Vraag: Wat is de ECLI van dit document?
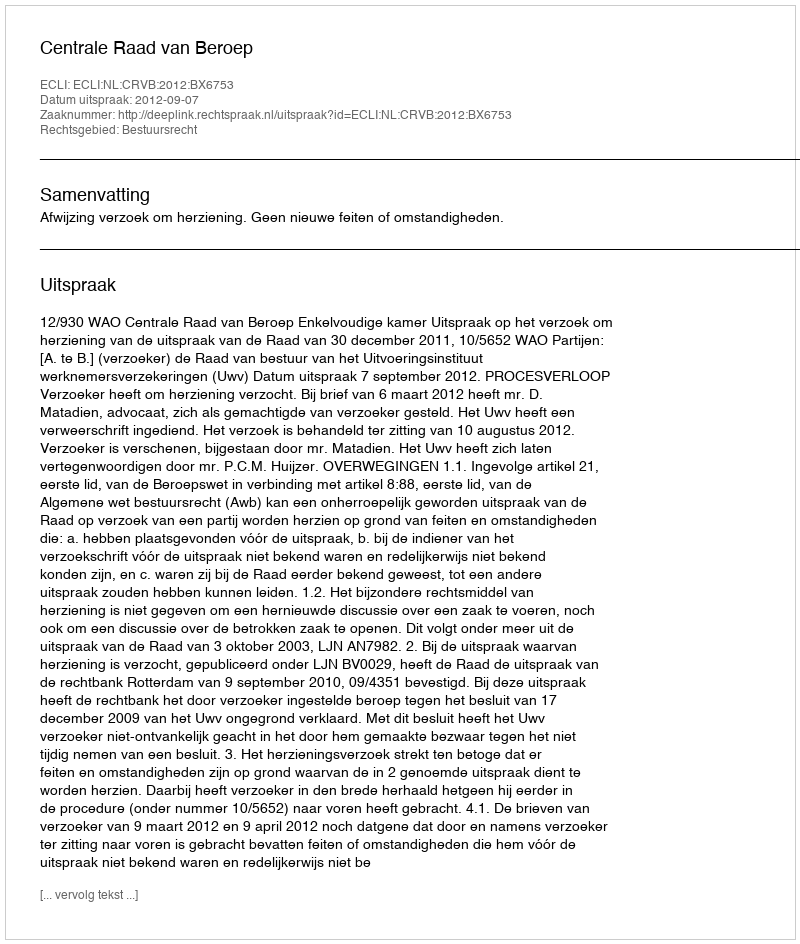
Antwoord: ECLI:NL:CRVB:2012:BX6753